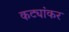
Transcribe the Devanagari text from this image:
कट्यांकर